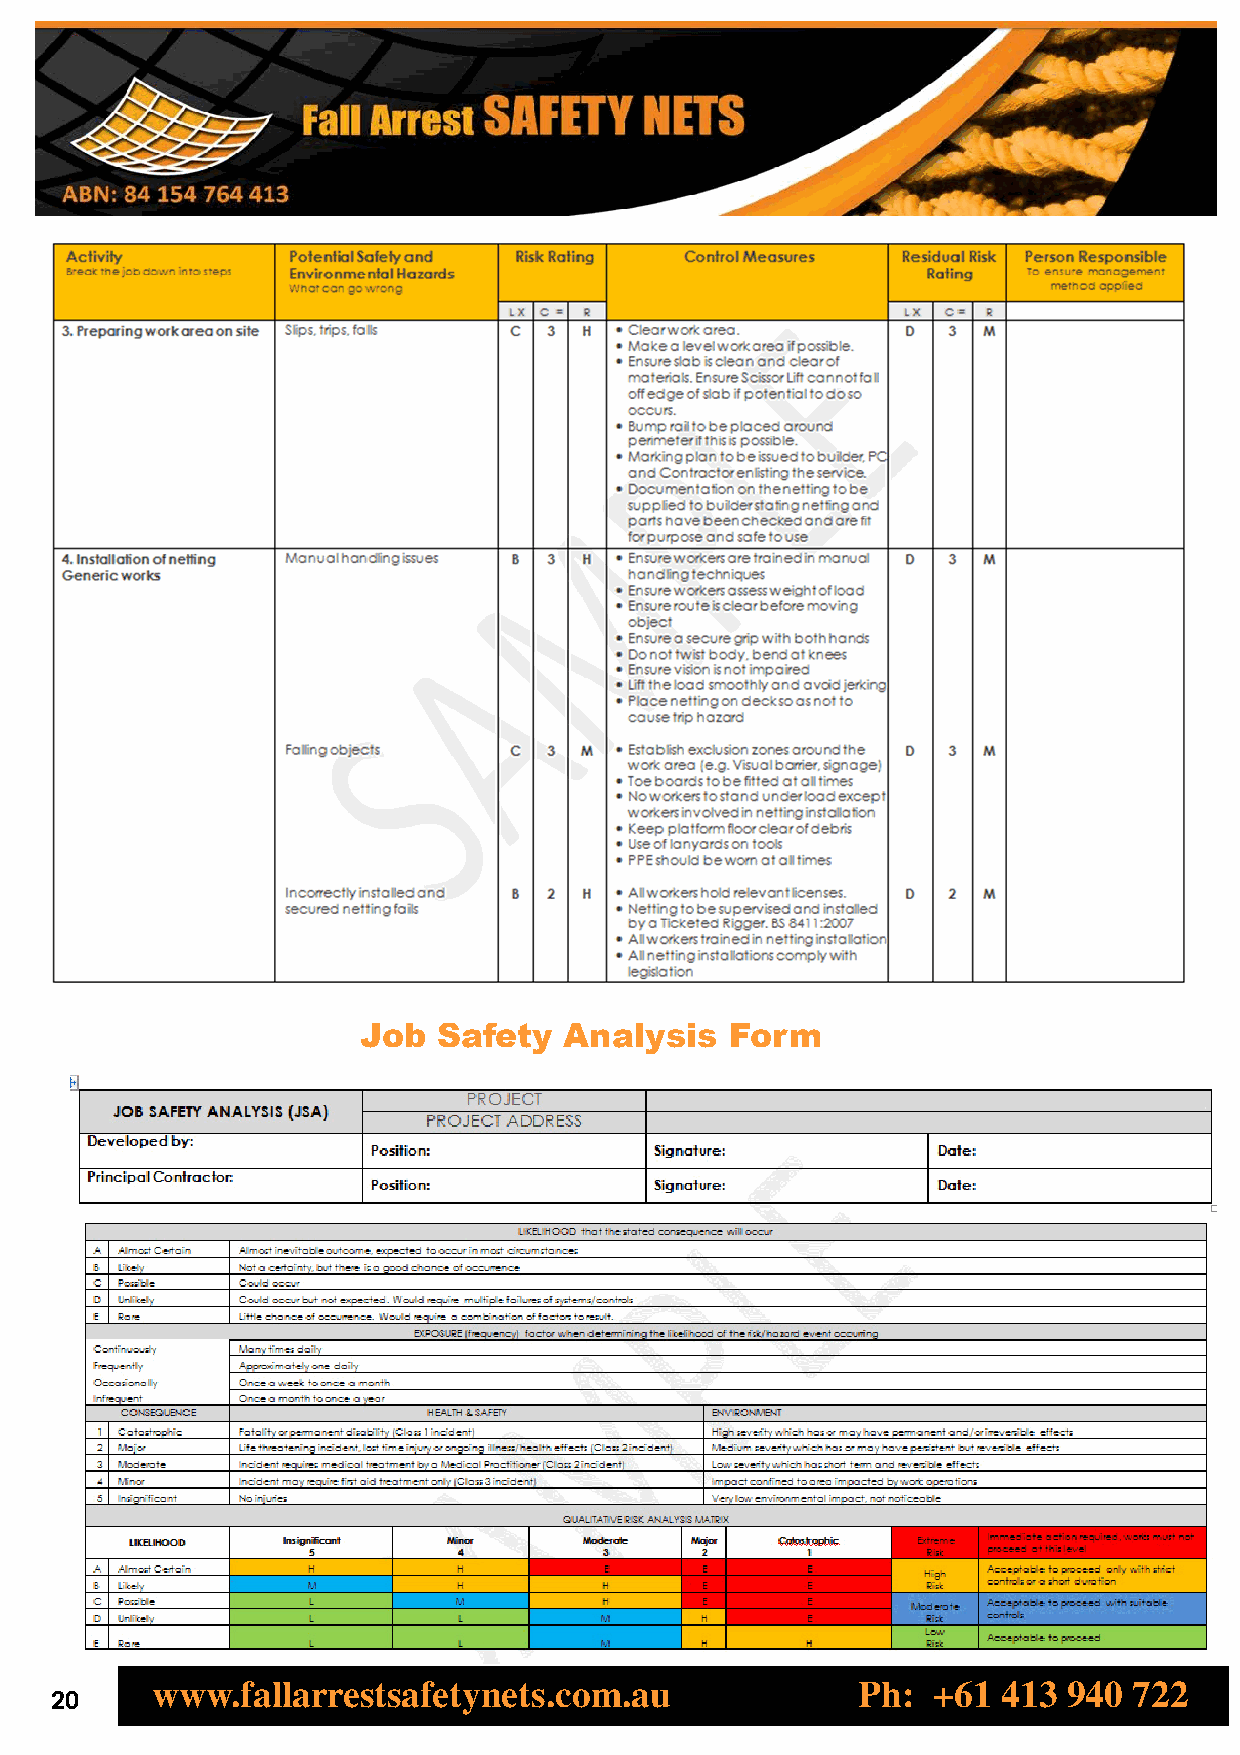
Job  Safety  Analysis   Form
 www.fallarrestsafetynets.com.au                Ph:  +61 413  940 722
 20